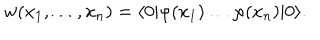
LaTeX: w ( x _ { 1 } , \ldots , x _ { n } ) = \langle 0 | \varphi ( x _ { 1 } ) \ldots \varphi ( x _ { n } ) | 0 \rangle .